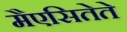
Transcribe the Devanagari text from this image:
मैएसितेते